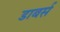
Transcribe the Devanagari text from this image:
डाबर्स